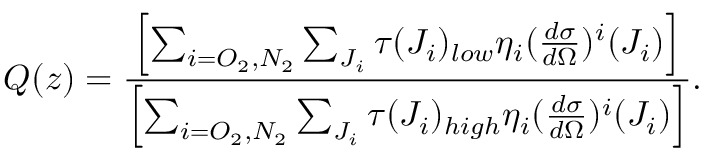
Q ( z ) = \frac { \left[ \sum _ { i = O _ { 2 } , N _ { 2 } } \sum _ { J _ { i } } \tau ( J _ { i } ) _ { l o w } \eta _ { i } ( \frac { d \sigma } { d \Omega } ) ^ { i } ( J _ { i } ) \right] } { \left[ \sum _ { i = O _ { 2 } , N _ { 2 } } \sum _ { J _ { i } } \tau ( J _ { i } ) _ { h i g h } \eta _ { i } ( \frac { d \sigma } { d \Omega } ) ^ { i } ( J _ { i } ) \right] } .